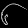
Digit: ၆